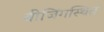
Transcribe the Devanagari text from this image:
बीजिंगस्थित